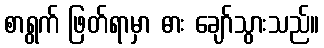
စာရွက် ဖြတ်ရာမှာ ဓား ချော်သွားသည်။